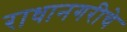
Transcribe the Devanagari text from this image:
राधानगरीचे